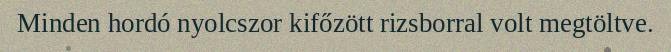
Minden hordó nyolcszor kifőzött rizsborral volt megtöltve.